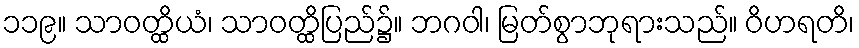
၁၁၉။ သာဝတ္ထိယံ၊ သာဝတ္ထိပြည်၌။ ဘဂဝါ၊ မြတ်စွာဘုရားသည်။ ဝိဟရတိ၊